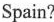
Spain?